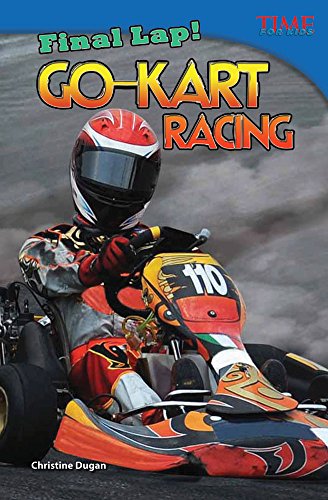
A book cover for Final Lap! Go-Kart Racing (Time for Kids Nonfiction Readers: Level 4.4); Christine Dugan; Children's Books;